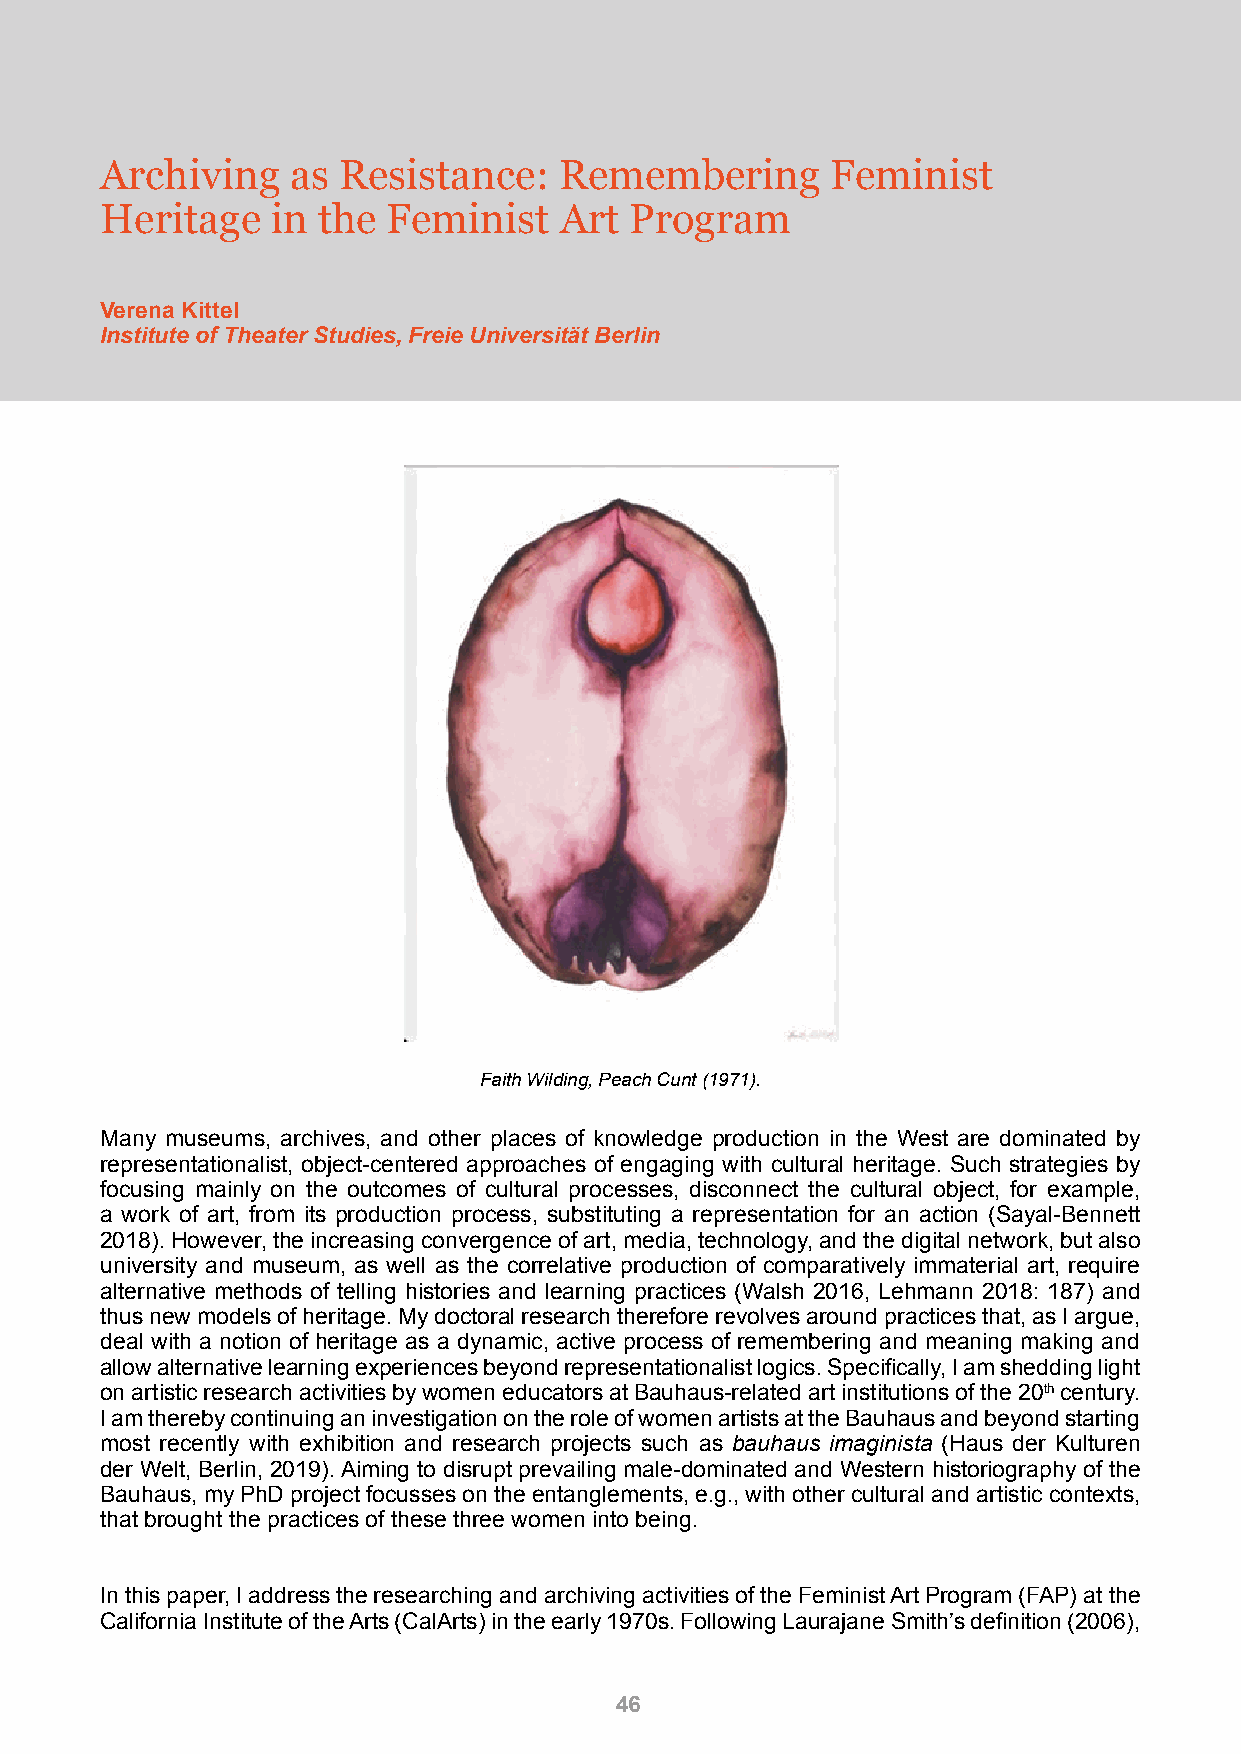
Archiving   as Resistance:    Remembering       Feminist
 Heritage   in the  Feminist   Art  Program
 Verena Kittel
 Institute of Theater Studies, Freie Universität Berlin
 Faith Wilding, Peach Cunt (1971).
 Many museums, archives, and other places of knowledge production in the West are dominated by
 representationalist, object-centered approaches of engaging with cultural heritage. Such strategies by
 focusing mainly on the outcomes of cultural processes, disconnect the cultural object, for example,
 a work of art, from its production process, substituting a representation for an action (Sayal-Bennett
 2018). However, the increasing convergence of art, media, technology, and the digital network, but also
 university and museum, as well as the correlative production of comparatively immaterial art, require
 alternative methods of telling histories and learning practices (Walsh 2016, Lehmann 2018: 187) and
 thus new models of heritage. My doctoral research therefore revolves around practices that, as I argue,
 deal with a notion of heritage as a dynamic, active process of remembering and meaning making and
 allow alternative learning experiences beyond representationalist logics. Specifically, I am shedding light
 on artistic research activities by women educators at Bauhaus-related art institutions of the 20th century.
 I am thereby continuing an investigation on the role of women artists at the Bauhaus and beyond starting
 most recently with exhibition and research projects such as bauhaus imaginista (Haus der Kulturen
 der Welt, Berlin, 2019). Aiming to disrupt prevailing male-dominated and Western historiography of the
 Bauhaus, my PhD project focusses on the entanglements, e.g., with other cultural and artistic contexts,
 that brought the practices of these three women into being.
 In this paper, I address the researching and archiving activities of the Feminist Art Program (FAP) at the
 California Institute of the Arts (CalArts) in the early 1970s. Following Laurajane Smith’s definition (2006),
 46